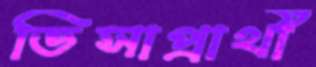
ভিসাপ্রার্থী